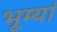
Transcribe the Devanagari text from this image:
भूम्यां